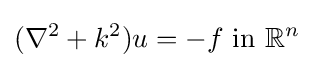
(\nabla ^{2}+k^{2})u=-f{\text{ in }}\mathbb {R} ^{n}